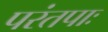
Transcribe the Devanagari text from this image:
परंतपाः